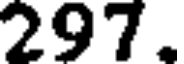
297.